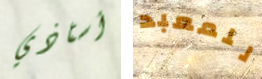
أستاذي للمعبد